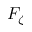
F _ { \zeta }